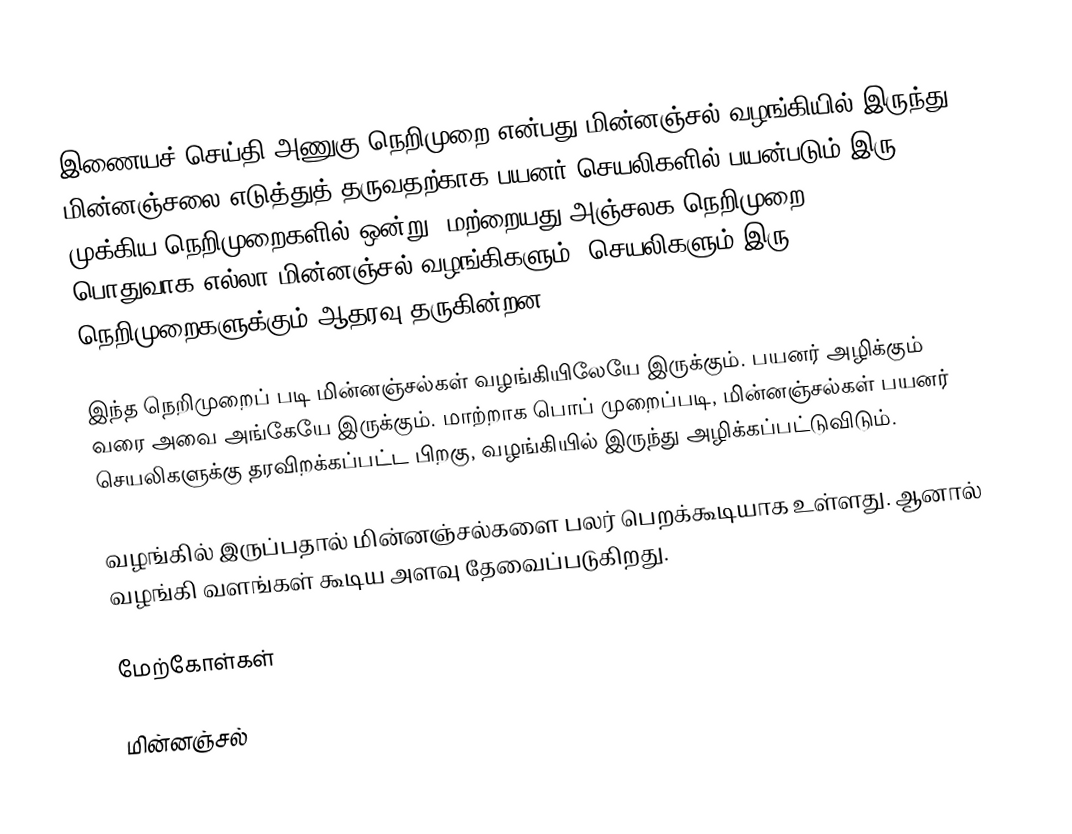
இணையச் செய்தி அணுகு நெறிமுறை என்பது மின்னஞ்சல் வழங்கியில் இருந்து மின்னஞ்சலை எடுத்துத் தருவதற்காக பயனர் செயலிகளில் பயன்படும் இரு முக்கிய நெறிமுறைகளில் ஒன்று. மற்றையது அஞ்சலக நெறிமுறை (POP). பொதுவாக எல்லா மின்னஞ்சல் வழங்கிகளும், செயலிகளும் இரு நெறிமுறைகளுக்கும் ஆதரவு தருகின்றன.

இந்த நெறிமுறைப் படி மின்னஞ்சல்கள் வழங்கியிலேயே இருக்கும். பயனர் அழிக்கும் வரை அவை அங்கேயே இருக்கும். மாற்றாக பொப் முறைப்படி, மின்னஞ்சல்கள் பயனர் செயலிகளுக்கு தரவிறக்கப்பட்ட பிறகு, வழங்கியில் இருந்து அழிக்கப்பட்டுவிடும்.

வழங்கில் இருப்பதால் மின்னஞ்சல்களை பலர் பெறக்கூடியாக உள்ளது. ஆனால் வழங்கி வளங்கள் கூடிய அளவு தேவைப்படுகிறது.

மேற்கோள்கள்

மின்னஞ்சல்